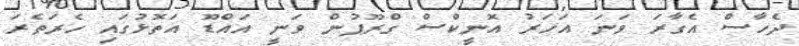
ދެހާސް އެގާރަ ވަނަ އަހަރު އޮނީކްސް ގްރޫޕުން ވަނީ އައްޑޫ އަތޮޅުގައި ހެރަތެރަ